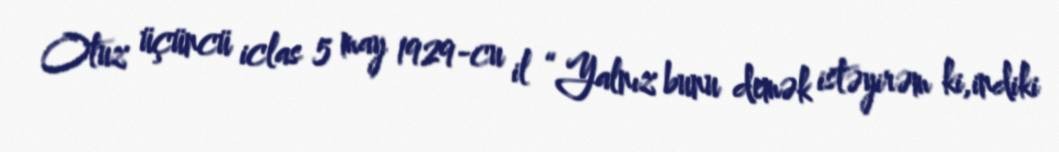
Otuz üçüncü iclas 5 may 1929-cu il “Yalnız bunu demək istəyirəm ki,indiki